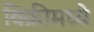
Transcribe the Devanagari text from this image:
विक्रीमध्ये